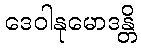
ဒေဝါနုမောဒန္တိ